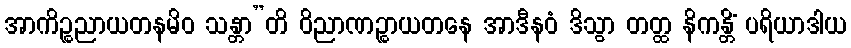
အာကိဉ္စညာယတနမိဝ သန္တာ”တိ ဝိညာဏဉ္စာယတနေ အာဒီနဝံ ဒိသွာ တတ္ထ နိကန္တိံ ပရိယာဒါယ